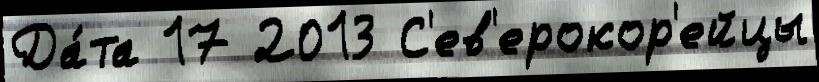
Да́та 17 2013 С'ев'ерокор'ейцы